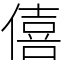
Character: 僖